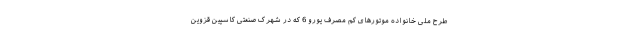
طرح ملی خانواده موتورهای کم مصرف یورو 6 که در شهرک صنعتی کاسپین قزوین